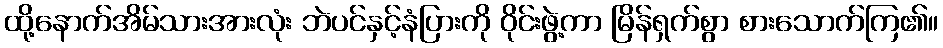
ထို့နောက်အိမ်သားအားလုံး ဘဲပင်နှင့်နံပြားကို ဝိုင်းဖွဲ့ကာ မြိန်ရှက်စွာ စားသောက်ကြ၏။